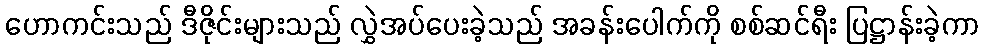
ဟောကင်းသည် ဒီဇိုင်းများသည် လွှဲအပ်ပေးခဲ့သည် အခန်းပေါက်ကို စစ်ဆင်ရီး ပြဋ္ဌာန်းခဲ့ကာ